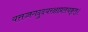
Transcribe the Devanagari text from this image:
यत्तज्जगदुदयरक्षाप्रलयकृत्।